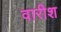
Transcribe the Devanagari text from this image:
वारीश